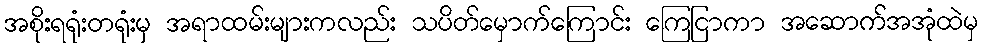
အစိုးရရုံးတရုံးမှ အရာထမ်းများကလည်း သပိတ်မှောက်ကြောင်း ကြေငြာကာ အဆောက်အအုံထဲမှ